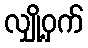
လျှို့ဝှက်